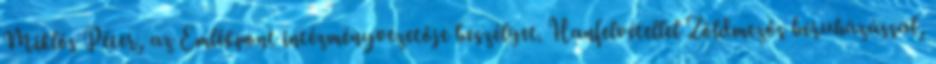
Miklós Péter, az Emlékpont intézményvezetője beszélget. Hanfelvétellel Zöldmezős beruházással,